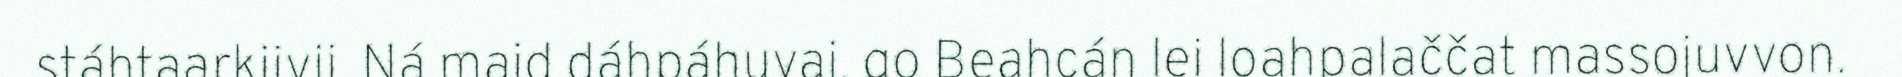
stáhtaarkiivii. Ná maid dáhpáhuvai, go Beahcán lei loahpalaččat massojuvvon.